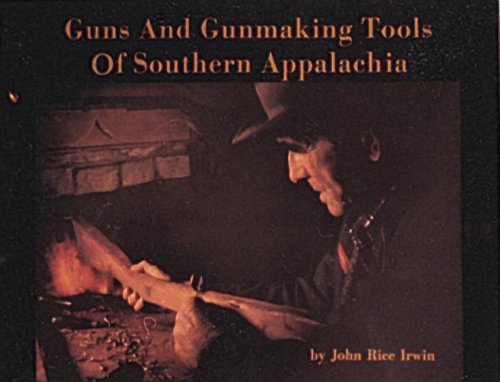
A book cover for Guns and Gunmaking Tools of Southern Appalachia, the Story of the Kentucky Rifle; John R. Irwin; Crafts, Hobbies & Home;